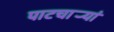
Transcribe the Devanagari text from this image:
पाटचार्‍यां